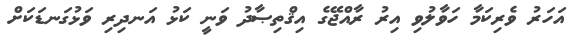
އަހަރު ވެރިކަމާ ހަވާލުވި އިރު ރާއްޖޭގެ އިޤްތިޞާދު ވަނީ ކަޅު އަނދިރި ވަޅުގަނޑަކަށް